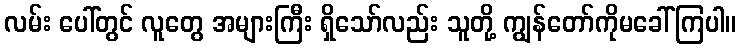
လမ်း ပေါ်တွင် လူတွေ အများကြီး ရှိသော်လည်း သူတို့ ကျွန်တော်ကိုမခေါ်ကြပါ။